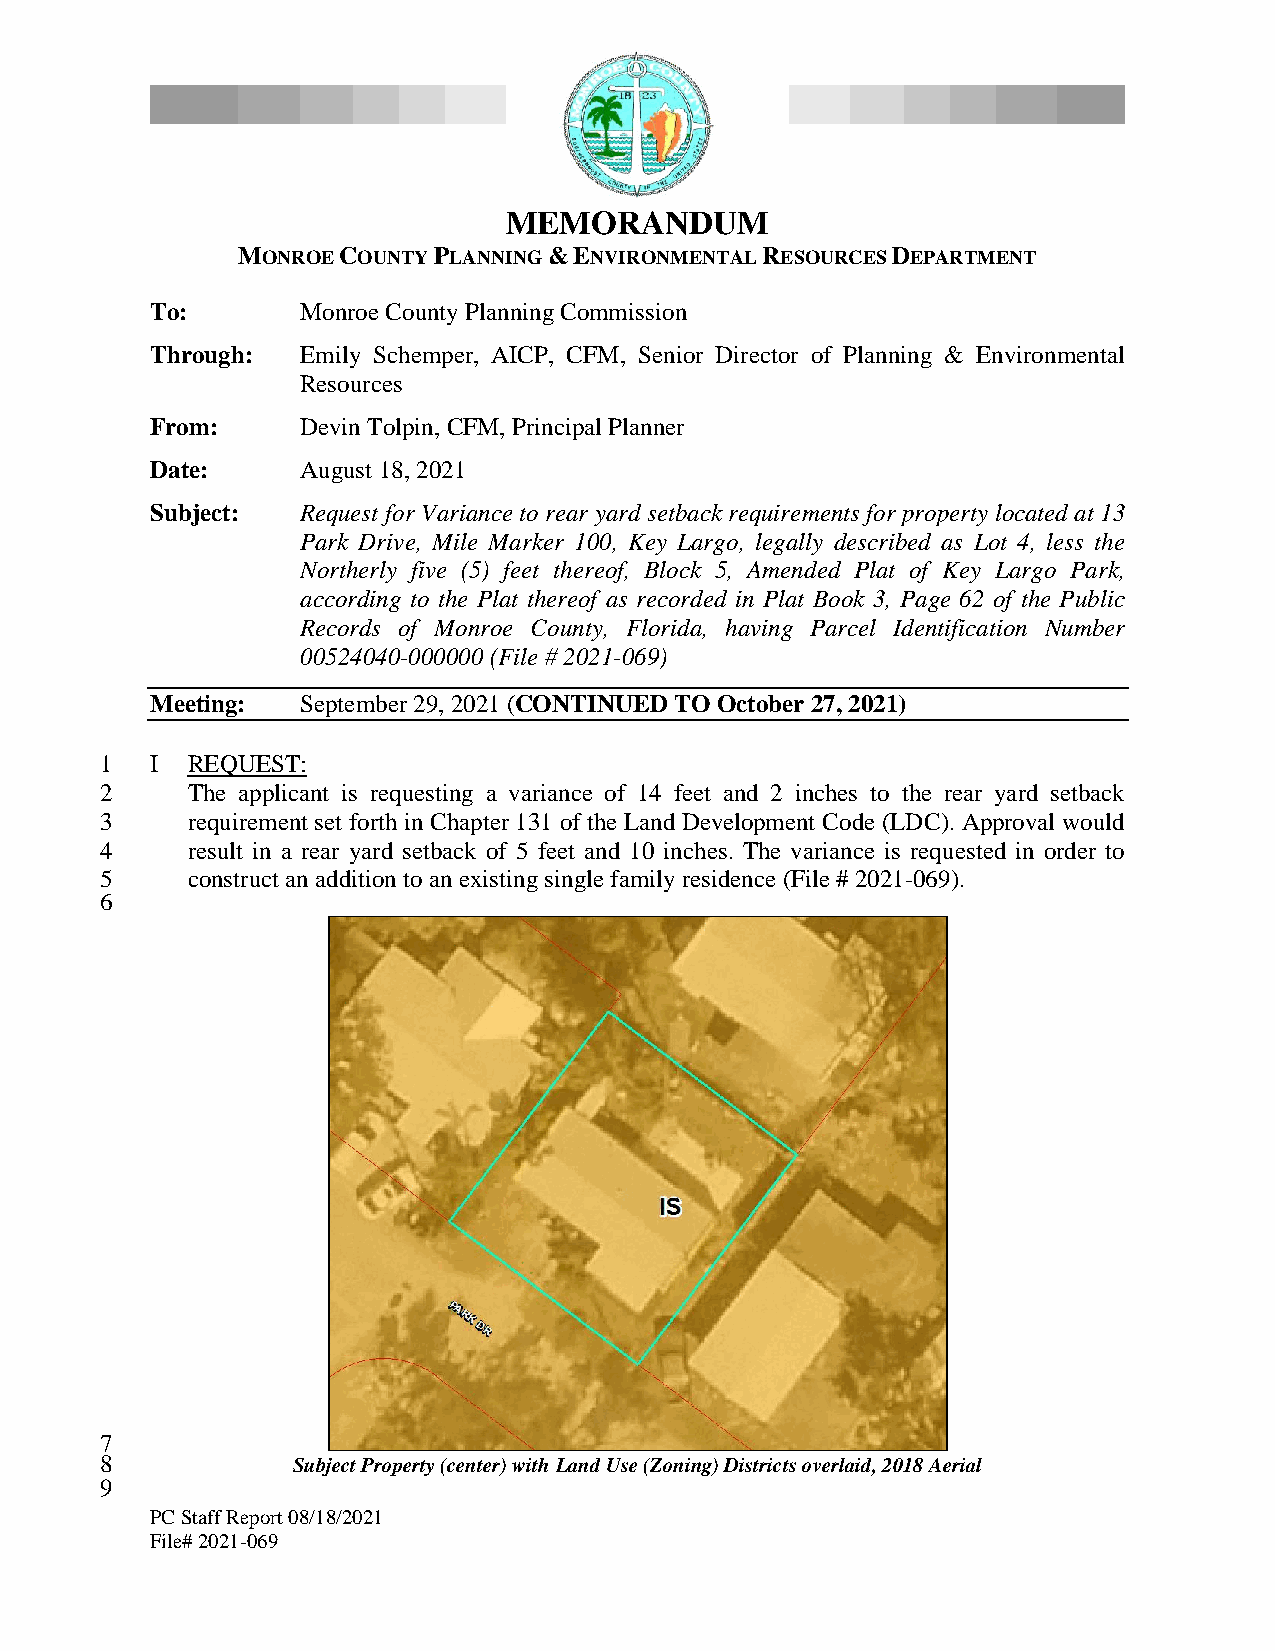
MEMORANDUM
 MONROE COUNTY PLANNING & ENVIRONMENTAL RESOURCES DEPARTMENT
 To:       Monroe County Planning Commission
 Through:  Emily Schemper, AICP, CFM, Senior Director of Planning & Environmental
 Resources
 From:     Devin Tolpin, CFM, Principal Planner
 Date:     August 18, 2021
 Subject:  Request for Variance to rear yard setback requirements for property located at 13
 Park Drive, Mile Marker 100, Key Largo, legally described as Lot 4, less the
 Northerly five (5) feet thereof, Block 5, Amended Plat of Key Largo Park,
 according to the Plat thereof as recorded in Plat Book 3, Page 62 of the Public
 Records of Monroe County, Florida, having Parcel Identification Number
 00524040-000000 (File # 2021-069)
 Meeting:  September 29, 2021 (CONTINUED TO October 27, 2021)
 1  I REQUEST:
 2    The applicant is requesting a variance of 14 feet and 2 inches to the rear yard setback
 3    requirement set forth in Chapter 131 of the Land Development Code (LDC). Approval would
 4    result in a rear yard setback of 5 feet and 10 inches. The variance is requested in order to
 5    construct an addition to an existing single family residence (File # 2021-069).
 6
 7
 8           Subject Property (center) with Land Use (Zoning) Districts overlaid, 2018 Aerial
 9
 PC Staff Report 08/18/2021
 File# 2021-069